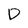
Character: D